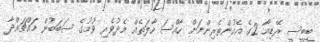
ބީބީސީ ރޭޑިއޯ 2ގެ އެހުންތެރިންނަށް ހާއްސަ ހާލަތެއް މެދުވެރި ވުމުގެ ސަބަބުން މައްޗައްދާ